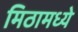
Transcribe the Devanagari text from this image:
मिठामध्ये